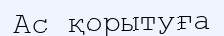
Ас қорытуға